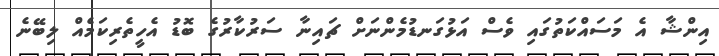
އިންޝާ އެ މަސައްކަތުގައި ވެސް އަޅުގަނޑުމެންނަށް ޗައިނާ ސަރުކާރުގެ ބޮޑު އެހީތެރިކަމެއް ލިބޭނެ